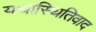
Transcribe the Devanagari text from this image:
यथास्थितिवाद